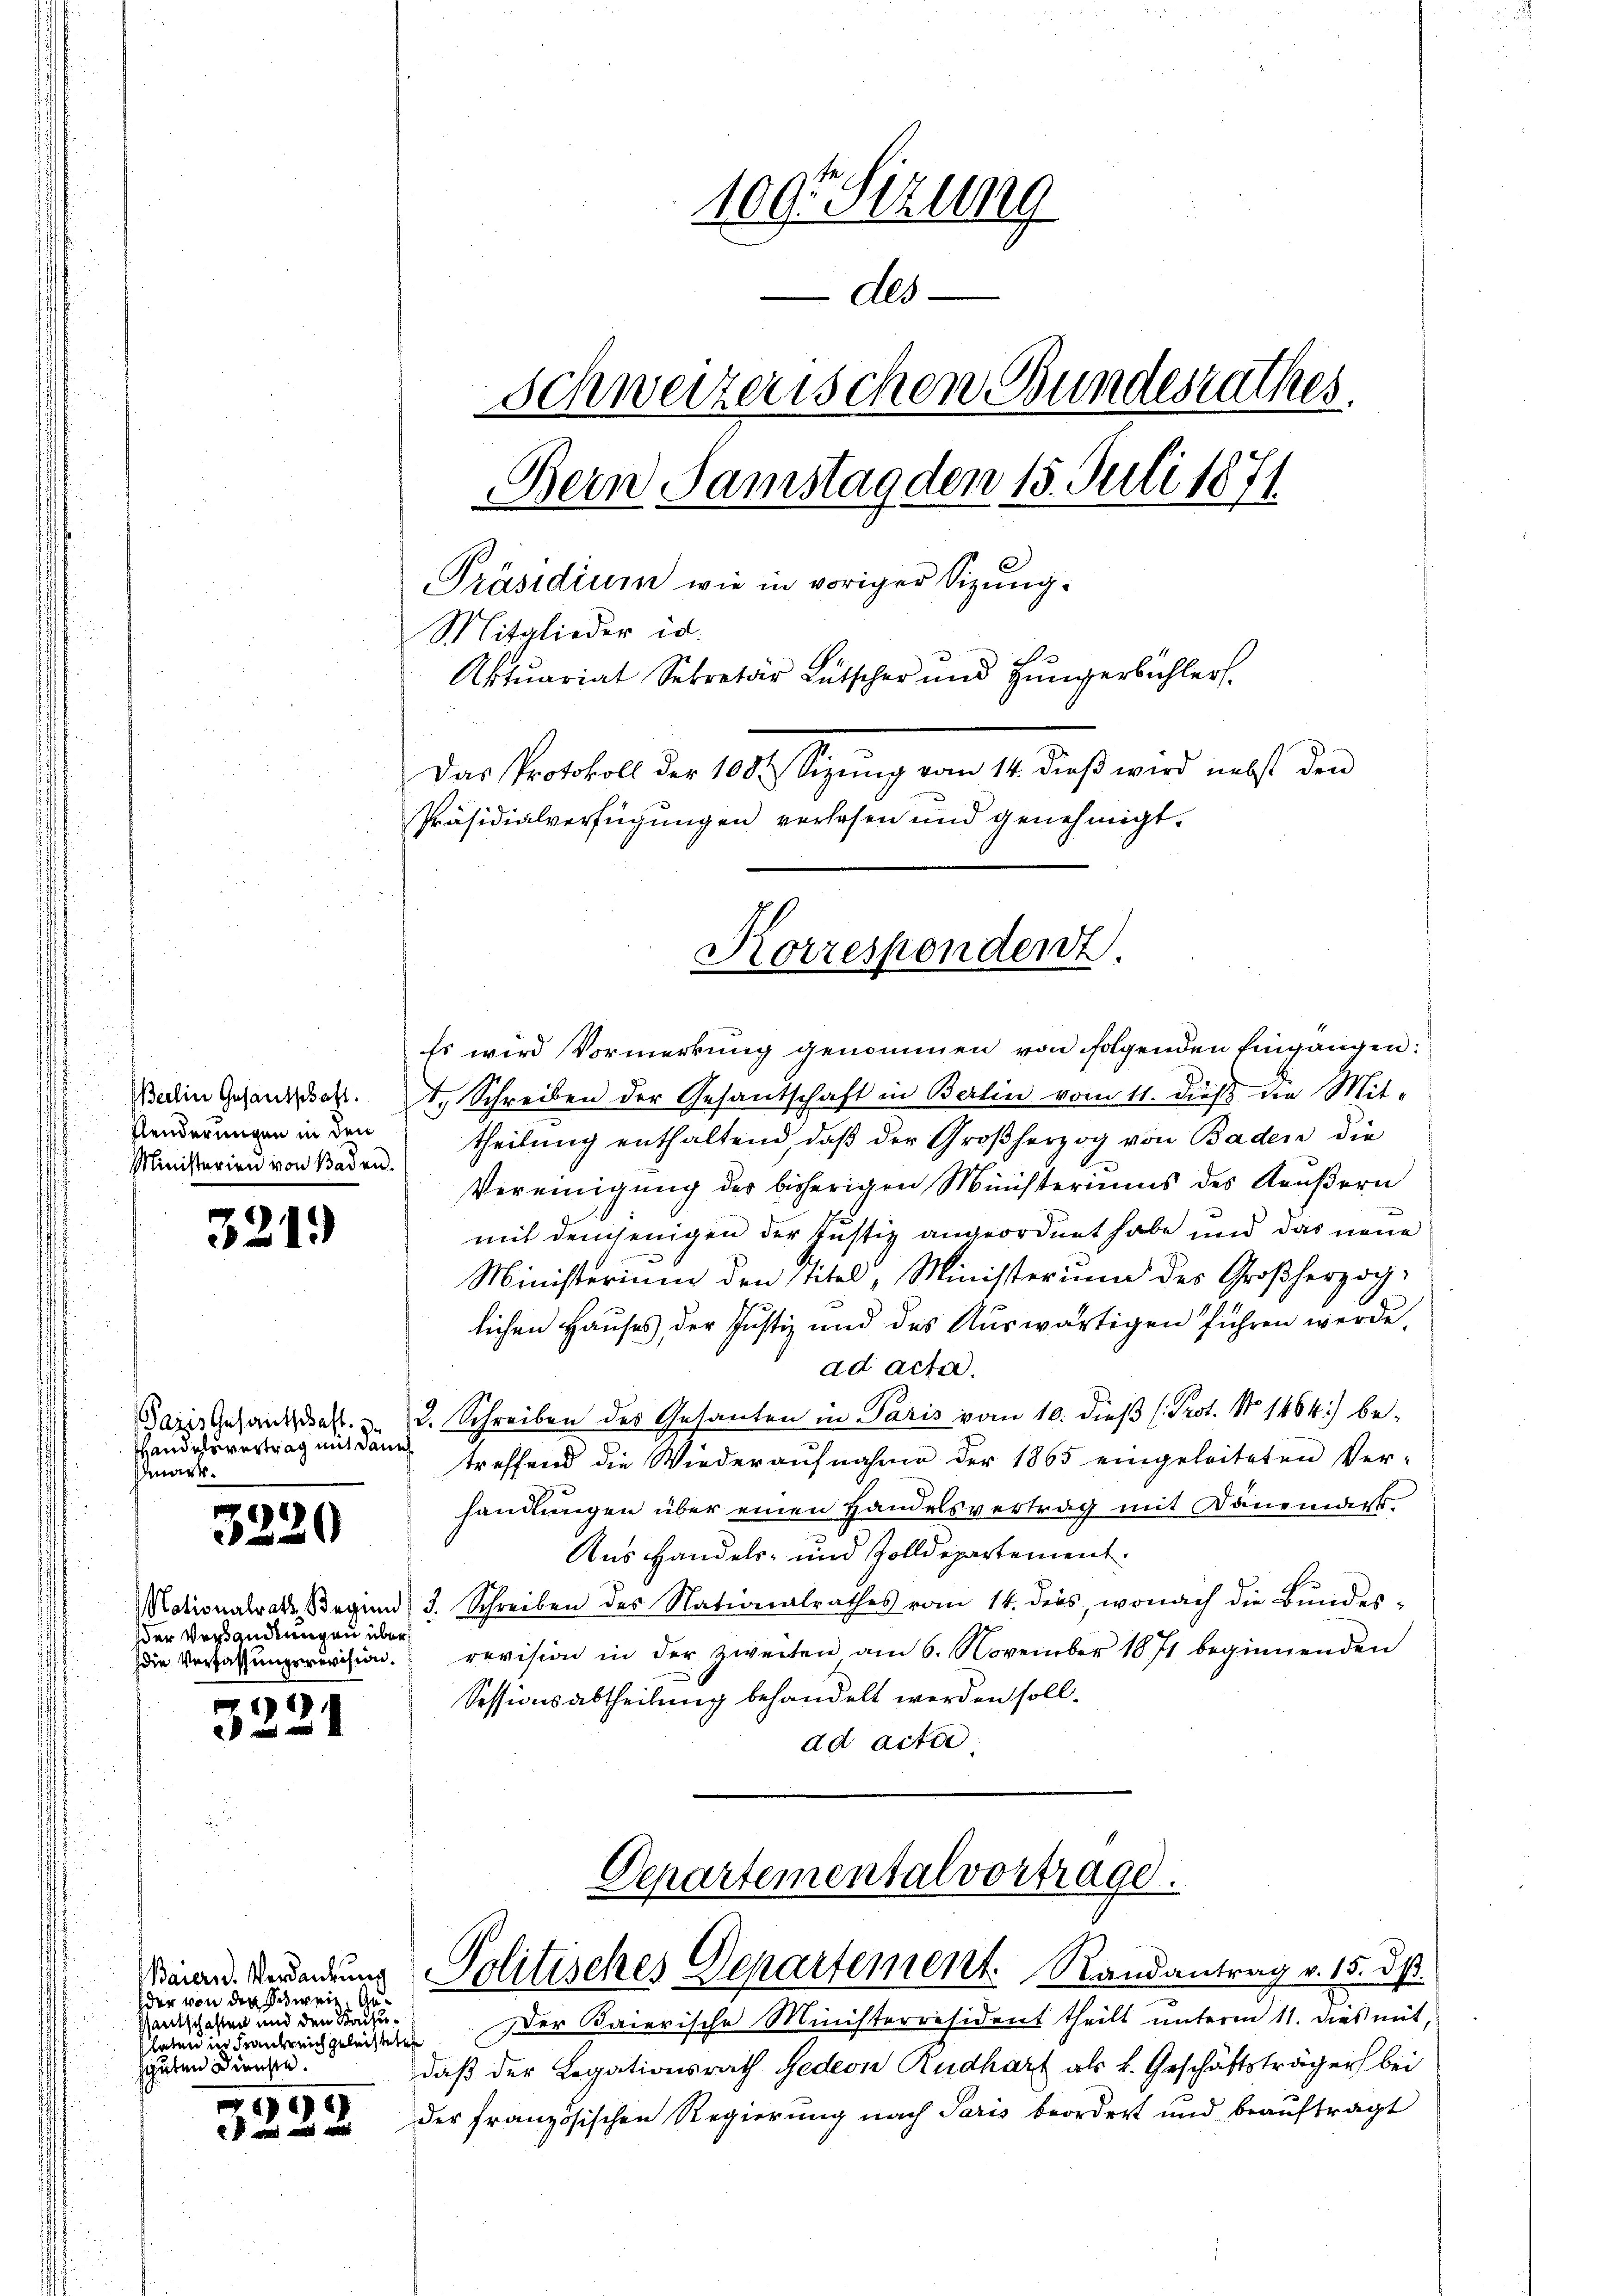
Berlin Gesandschaft.
Penderungen in den
Ministerien von Baden.

3219)

azis Gesantschaft.
Handelsvertrag mit dann
mark

p
)
20

der Versandtungen über
die Verfassungsrevision.

1

8)

222

109. Setzung
des
Schweizerischen Bundesrathes.
Bern Samstag den 15. Juli 1871
Präsidium wie in voriger Sizung.
Mitglieder id.
Aktuariat Sekretär Lütscher und Jüngerbühlers
Das Protokoll der 180. Sigung vom 14. dieß wird nicht den
Präsidialverfügungen verlesen und genehmigt.

Baiernd. Verdankung
der von der Schweiz. Geentschaften und den Kaisulaten Hausreich geleichtete
sguten Dienste.

Es wird Vormerkung genommen von folgenden Eingangen:
t. Schreiben der Gesantschaft in Berlin vom 11. dieß die Mit-
theilung enthaltend, daß der Großherzog von Baden die
Vereinigung des bisherigen Ministeriums des Käußern
mit demjenigen der Justiz angeordnet habe und das neue
Ministerium den Titel, Ministerin des Großherzoglichen Hauses, der Justiz und des Auswärtigen führen werde,
ad acta.
2. Schreiben des Gesanten in Paris vom 10. dieß (Prot. No 1464) be-
treffend die Wiederaufnahme der 1865 eingeleiteten Ver-
handlungen über einen Handelsvertrag mit Danempt
Ans Handels- und Zolldepartement.
Notionalrath, Beginn 3. Schreiben des Nationalrathes vom 14. dies, wonach die Bŭndes-
revision in der zweiten am 6. November 1871 beginnenden
Sessionsabtheilung behandelt werden sollad acte

Korrespondent

Departemental vortrage.
Politisches Departement. Randantrag v. 15. dß.

Der Baierische Ministerräsident theilt unterm 11. dies mit,
daß der Legationsrath Gedeon Rudhart als k. Geschäftsträger bei
der Französischen Regierung nach Paris beordnet und beauftragt